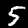
Label: 5